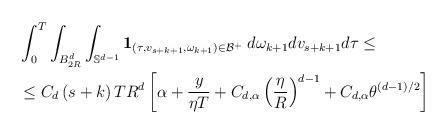
LaTeX: \begin{align*}\begin{aligned}&\int_0^T \int_{B_{2R}^d} \int_{\mathbb{S}^{d-1}} \mathbf{1}_{\left(\tau,v_{s+k+1},\omega_{k+1}\right) \in \mathcal{B}^+} \; d\omega_{k+1} dv_{s+k+1} d\tau \leq \\& \leq C_d \left( s+k \right) T R^d \left[\alpha +\frac{y}{\eta T} + C_{d,\alpha}\left(\frac{\eta}{R}\right)^{d-1} +C_{d,\alpha} \theta^{(d-1)/2}\right]\end{aligned}\end{align*}